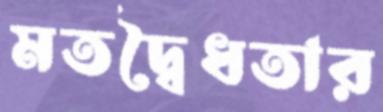
মতদ্বৈধতার